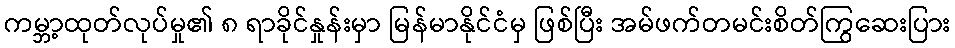
ကမ္ဘာ့ထုတ်လုပ်မှု၏ ၈ ရာခိုင်နှုန်းမှာ မြန်မာနိုင်ငံမှ ဖြစ်ပြီး အမ်ဖက်တမင်းစိတ်ကြွဆေးပြား